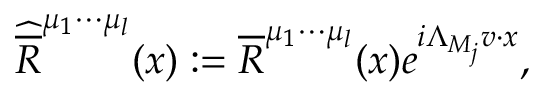
\widehat { \overline { { { R } } } } ^ { \mu _ { 1 } \cdots \mu _ { l } } ( x ) : = \overline { { { R } } } ^ { \mu _ { 1 } \cdots \mu _ { l } } ( x ) e ^ { i \Lambda _ { M _ { j } } v \cdot x } ,